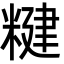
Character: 䊕